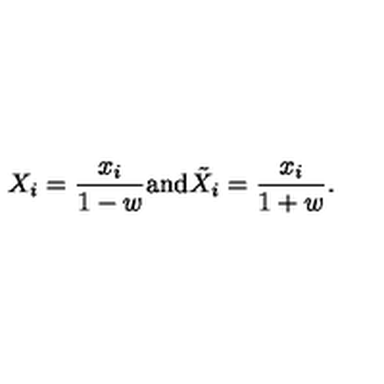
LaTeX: X _ { i } = \frac { x _ { i } } { 1 - w } \mathrm { a n d } { \tilde { X } } _ { i } = \frac { x _ { i } } { 1 + w } .